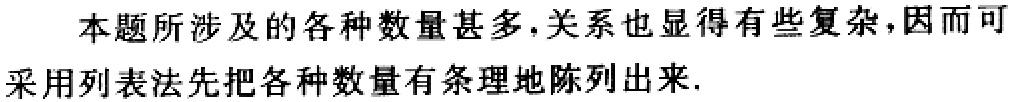
本题所涉及的各种数量甚多,关系也显得有些复杂,因而可采用列表法先把各种数量有条理地陈列出来.